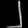
Digit: ၂